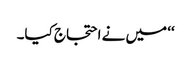
‘‘ میں نے احتجاج کیا۔